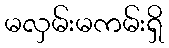
မလှမ်းမကမ်းရှိ